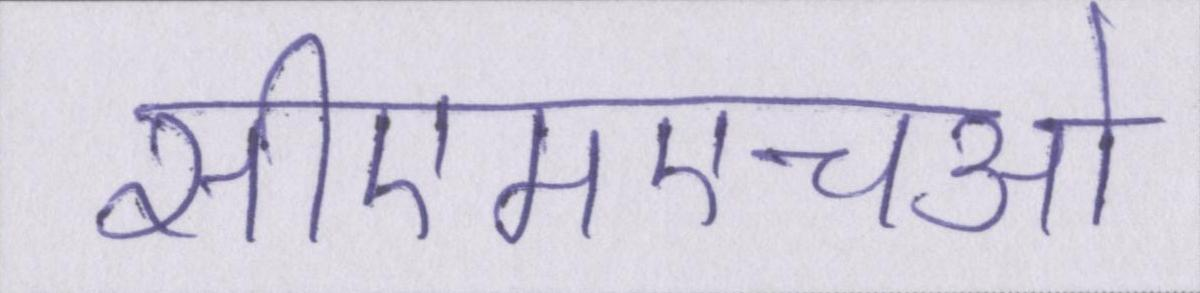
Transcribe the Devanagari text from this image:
सीएमएचओ